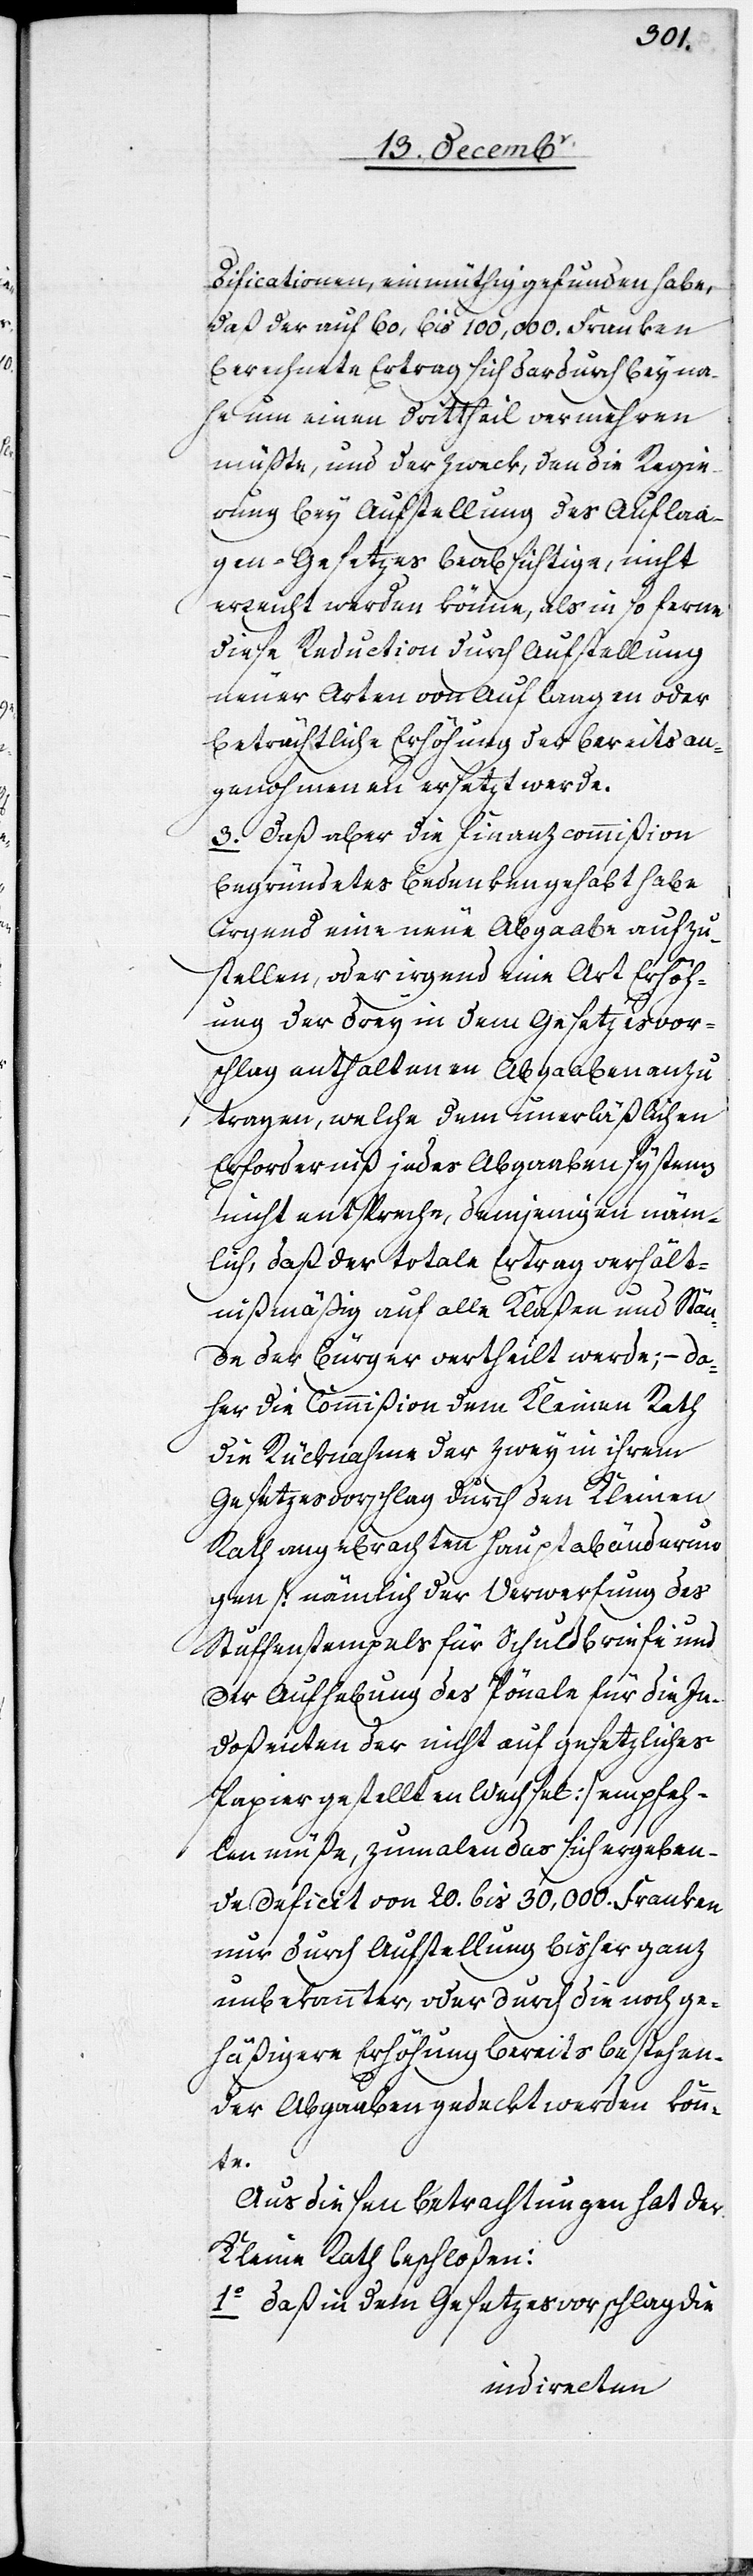
dificationen, einmüthig gefunden habe,
daß der auf 60,[000] bis 100,000. Franken
berechnete Ertrag sich dadurch beyna¬
he um einen Drittheil vermehren
müßte, und der Zweck, den die Regie¬
rung bey Aufstellung des Auflaa¬
gen-Gesetzes beabsichtige, nicht
erreicht werden könne, als in so ferne
diese Reduction durch Aufstellung
neuer Arten von Auflaagen oder
beträchtliche Erhöhung des bereits an¬
genohmenen ersetzt werde.
3. Daß aber die Finanzcommißion
begründetes Bedenken gehabt habe
irgend eine neue Abgaabe aufzu¬
stellen, oder irgend eine Art Erhöh¬
ung der drey in dem Gesetzesvor¬
schlag enthaltenen Abgaaben anzu¬
tragen, welche dem unerläßlichen
Erforderniß jedes Abgaabensystems
nicht entspreche, demjenigen näm¬
lich, daß der totale Ertrag verhält¬
nißmäßig auf alle Klaßen und Stän¬
de der Bürger vertheilt werde; – da¬
her die Commißion dem Kleinen Rath
die Rücknahme der zwey in ihrem
Gesetzesvorschlag durch den Kleinen
Rath angebrachten Hauptabänderun¬
gen [nämlich der Verwerfung des
Stufenstempels für Schuldbriefe und
der Aufhebung des Pönale für die In¬
doßenten der nicht auf gesetzliches
Papier gestellten Wechsel] empfeh¬
len müße, zumalen das sich ergeben¬
de Deficit von 20. bis 30,000. Franken
nur durch Aufstellung bisher ganz
unbekannter, oder durch die noch ge¬
häßigere Erhöhung bereits bestehen¬
der Abgaaben gedeckt werden könn¬
te.
Aus diesen Betrachtungen hat der
Kleine Rath beschloßen:
1. Daß in dem Gesetzesvorschlag die